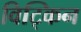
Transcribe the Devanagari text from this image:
विट्किन